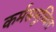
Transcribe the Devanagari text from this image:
कर्मसमुच्चित